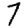
Digit: 7